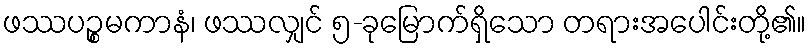
ဖဿပဉ္စမကာနံ၊ ဖဿလျှင် ၅-ခုမြောက်ရှိသော တရားအပေါင်းတို့၏။